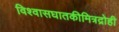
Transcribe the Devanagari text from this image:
विश्वासघातकीमित्रद्रोही